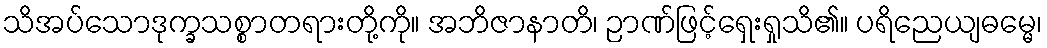
သိအပ်သောဒုက္ခသစ္စာတရားတို့ကို။ အဘိဇာနာတိ၊ ဉာဏ်ဖြင့်ရှေးရှုသိ၏။ ပရိညေယျဓမ္မေ၊